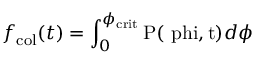
f _ { \mathrm { c o l } } ( t ) = \int _ { 0 } ^ { \phi _ { \mathrm { c r i t } } } \mathrm { P ( \ p h i , t ) } d \phi